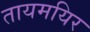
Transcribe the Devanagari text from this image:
तायमयिर